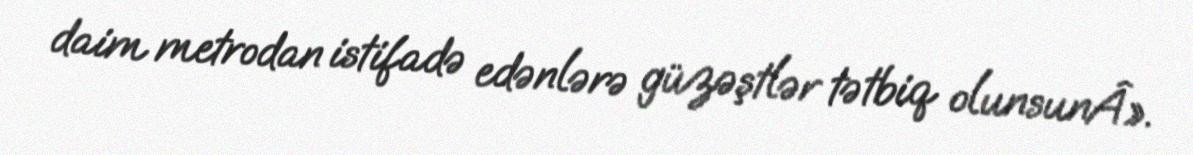
daim metrodan istifadə edənlərə güzəştlər tətbiq olunsunÂ».